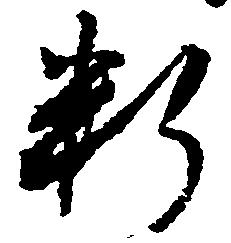
料